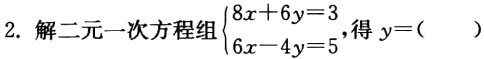
2. 解二元一次方程组$\begin{cases}8x + 6y = 3\\6x - 4y = 5\end{cases}$,得$y = ($  )